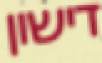
דישון